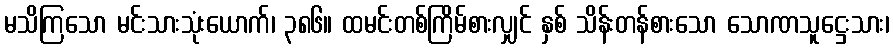
မသိကြသော မင်းသားသုံးယောက်၊ ၃၈၆။ ထမင်းတစ်ကြိမ်စားလျှင် နှစ် သိန်းတန်စားသော သောဏသူဋ္ဌေးသား၊